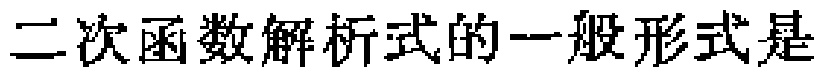
二次函数解析式的一般形式是